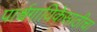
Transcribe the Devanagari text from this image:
पार्श्वगायिकेसाठीचा